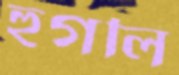
হুগলি